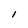
Character: l